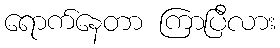
ရောက်နေတာ ကြာပြီလား